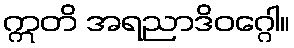
ဣတိ အရညာဒိဝဂ္ဂေါ။